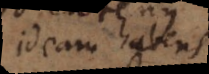
ideam habens